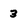
Character: 3